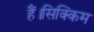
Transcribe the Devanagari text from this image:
हैं।सिक्किम